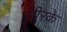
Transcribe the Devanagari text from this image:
तीरके